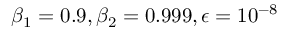
\beta _ { 1 } = 0 . 9 , \beta _ { 2 } = 0 . 9 9 9 , { \epsilon } = 1 0 ^ { - 8 }